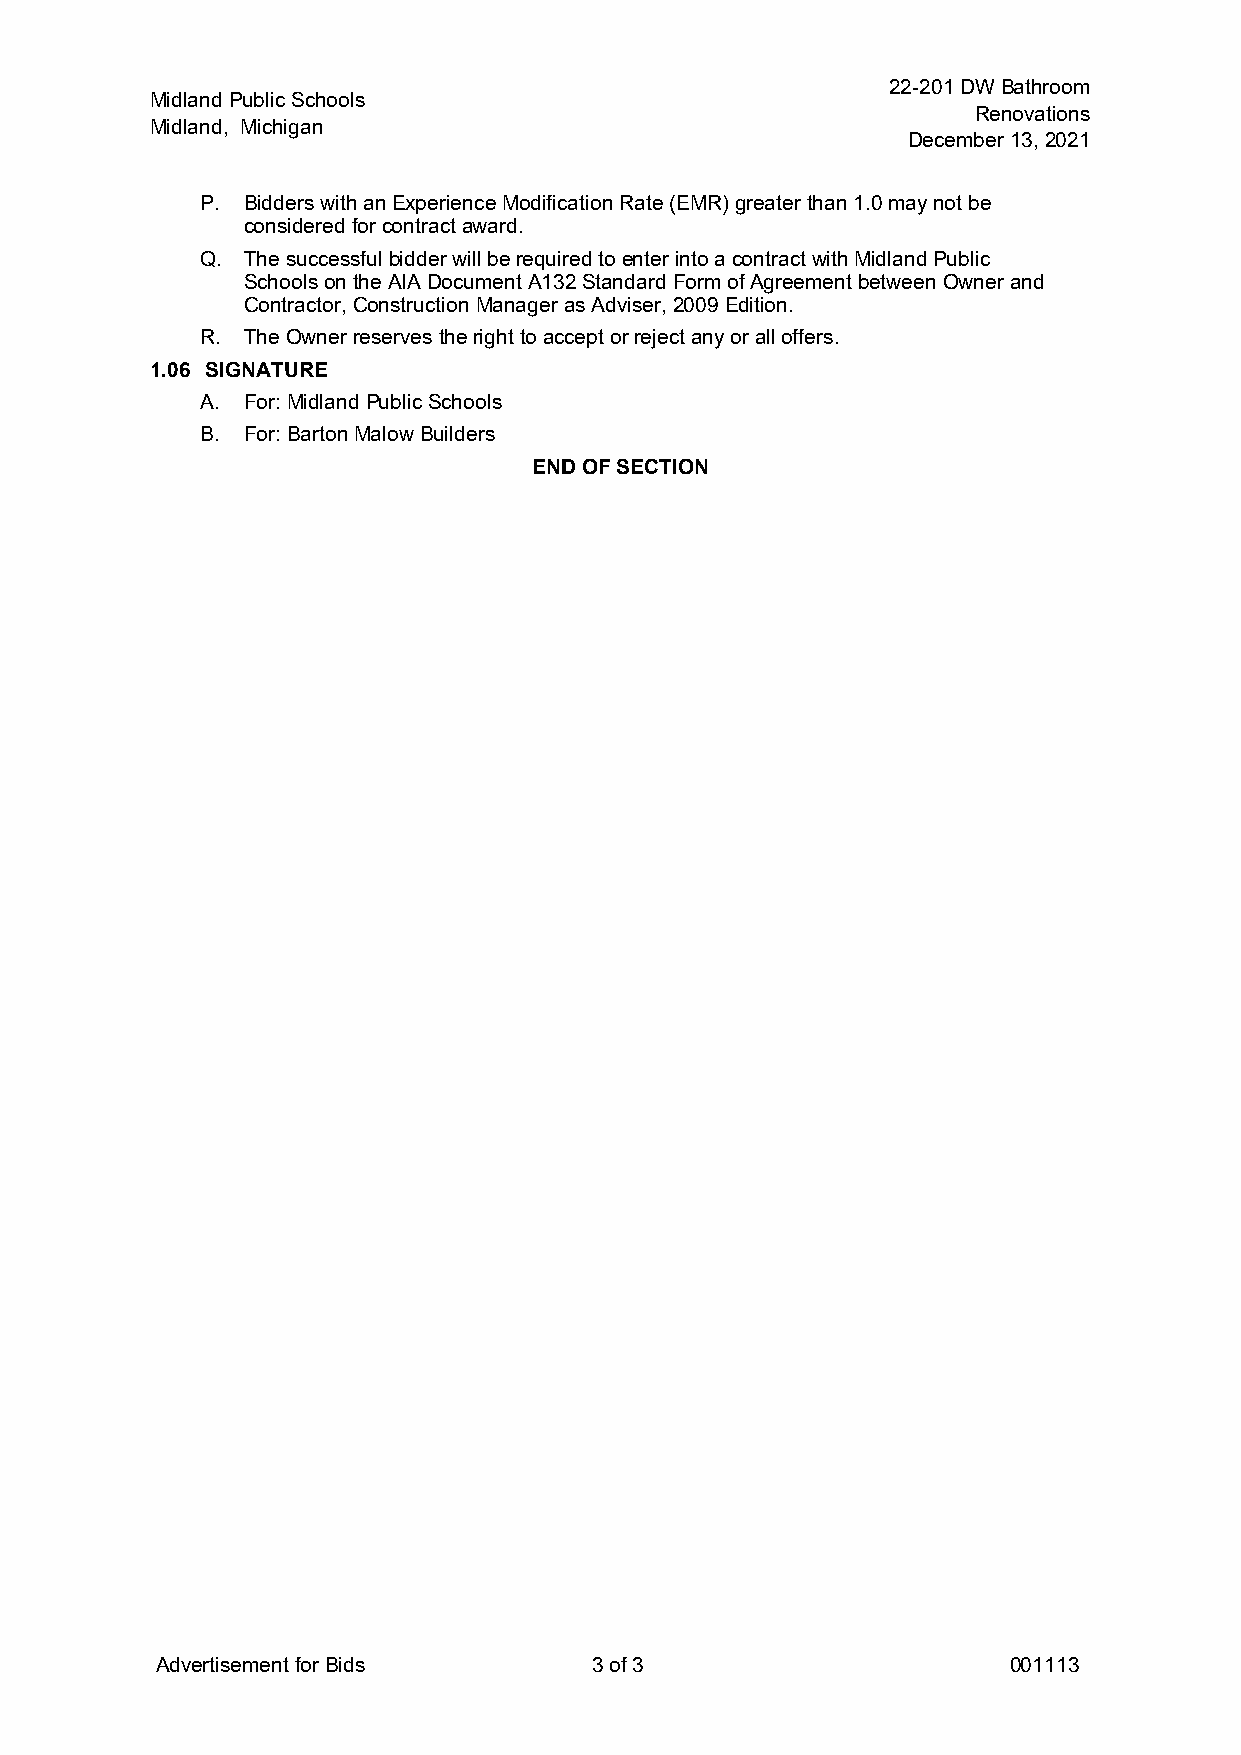
22-201DWBathroom
 MidlandPublicSchools
 Renovations
 Midland, Michigan
 December13,2021
 P. BidderswithanExperienceModificationRate(EMR)greaterthan1.0maynotbe
 consideredforcontractaward.
 Q. ThesuccessfulbidderwillberequiredtoenterintoacontractwithMidlandPublic
 Schools ontheAIADocumentA132StandardFormofAgreementbetweenOwnerand
 Contractor,ConstructionManagerasAdviser,2009Edition.
 R. TheOwnerreservestherighttoacceptorrejectanyoralloffers.
 1.06 SIGNATURE
 A. For:MidlandPublicSchools
 B. For:BartonMalowBuilders
 ENDOFSECTION
 AdvertisementforBids         3of3                        001113